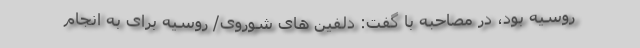
روسیه بود، در مصاحبه با گفت: دلفین های شوروی/ روسیه برای به انجام